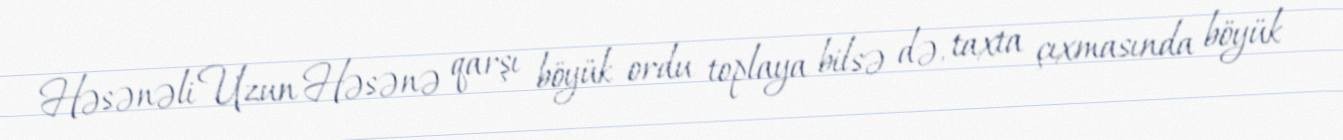
Həsənəli Uzun Həsənə qarşı böyük ordu toplaya bilsə də, taxta çıxmasında böyük